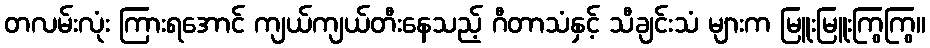
တလမ်းလုံး ကြားရအောင် ကျယ်ကျယ်တီးနေသည့် ဂီတာသံနှင့် သီချင်းသံ များက မြူးမြူးကြွကြွ။